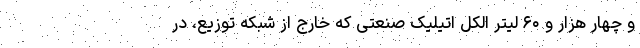
و چهار هزار و ۶۰ لیتر الکل اتیلیک صنعتی که خارج از شبکه توزیع، در